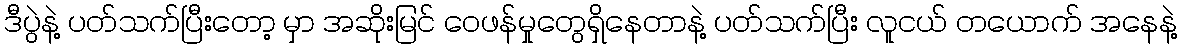
ဒီပွဲနဲ့ ပတ်သက်ပြီးတော့ မှာ အဆိုးမြင် ဝေဖန်မှုတွေရှိနေတာနဲ့ ပတ်သက်ပြီး လူငယ် တယောက် အနေနဲ့